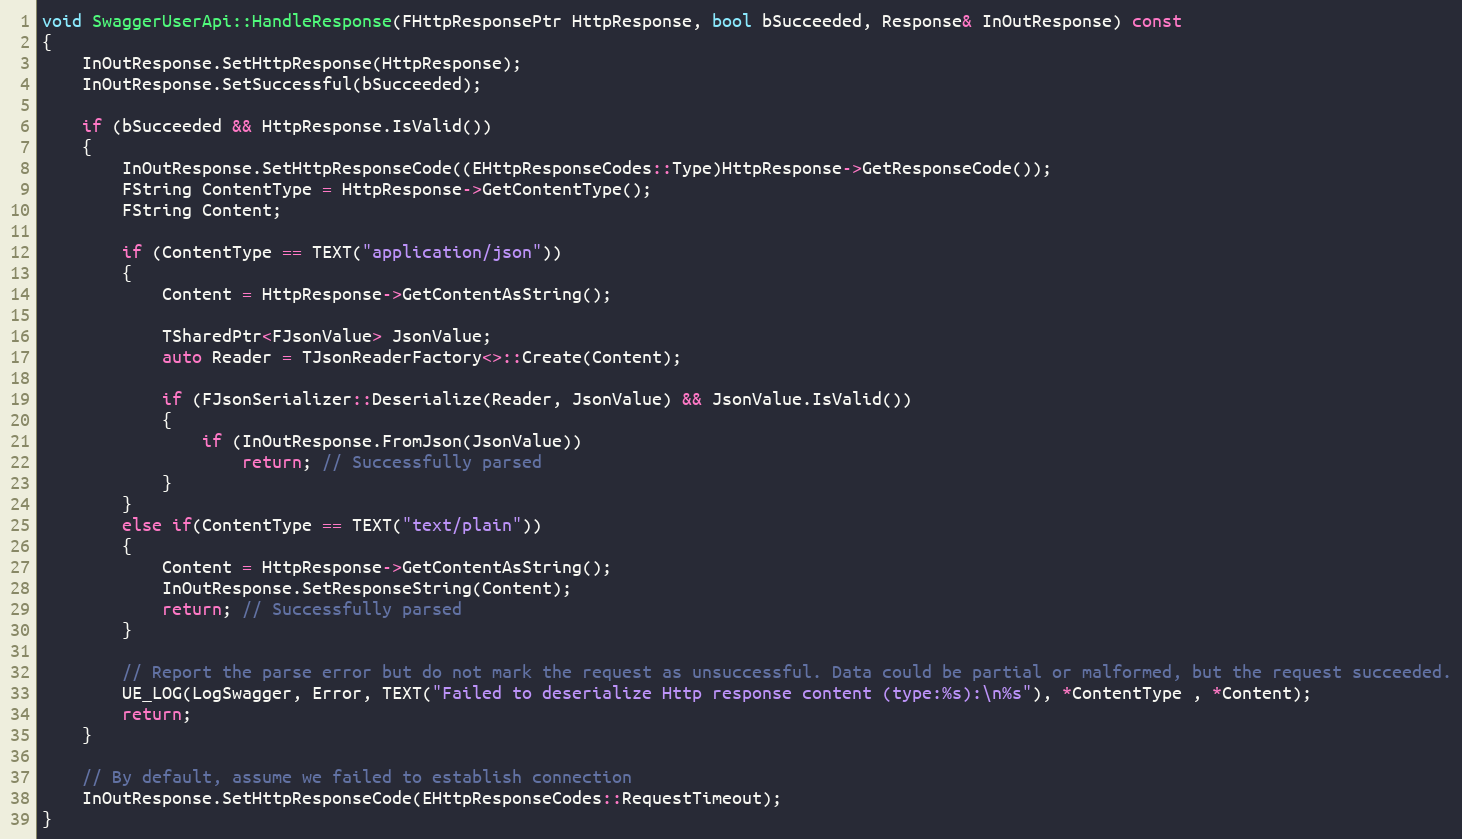
Language: C++
void SwaggerUserApi::HandleResponse(FHttpResponsePtr HttpResponse, bool bSucceeded, Response& InOutResponse) const
{
	InOutResponse.SetHttpResponse(HttpResponse);
	InOutResponse.SetSuccessful(bSucceeded);

	if (bSucceeded && HttpResponse.IsValid())
	{
		InOutResponse.SetHttpResponseCode((EHttpResponseCodes::Type)HttpResponse->GetResponseCode());
		FString ContentType = HttpResponse->GetContentType();
		FString Content;

		if (ContentType == TEXT("application/json"))
		{
			Content = HttpResponse->GetContentAsString();

			TSharedPtr<FJsonValue> JsonValue;
			auto Reader = TJsonReaderFactory<>::Create(Content);

			if (FJsonSerializer::Deserialize(Reader, JsonValue) && JsonValue.IsValid())
			{
				if (InOutResponse.FromJson(JsonValue))
					return; // Successfully parsed
			}
		}
		else if(ContentType == TEXT("text/plain"))
		{
			Content = HttpResponse->GetContentAsString();
			InOutResponse.SetResponseString(Content);
			return; // Successfully parsed
		}

		// Report the parse error but do not mark the request as unsuccessful. Data could be partial or malformed, but the request succeeded.
		UE_LOG(LogSwagger, Error, TEXT("Failed to deserialize Http response content (type:%s):\n%s"), *ContentType , *Content);
		return;
	}

	// By default, assume we failed to establish connection
	InOutResponse.SetHttpResponseCode(EHttpResponseCodes::RequestTimeout);
}